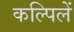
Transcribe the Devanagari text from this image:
कल्पिलें